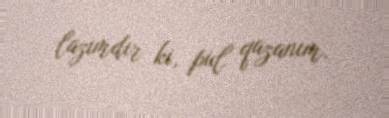
lazımdır ki, pul qazanım.